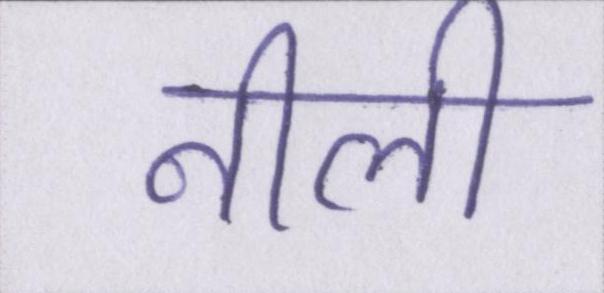
नीली